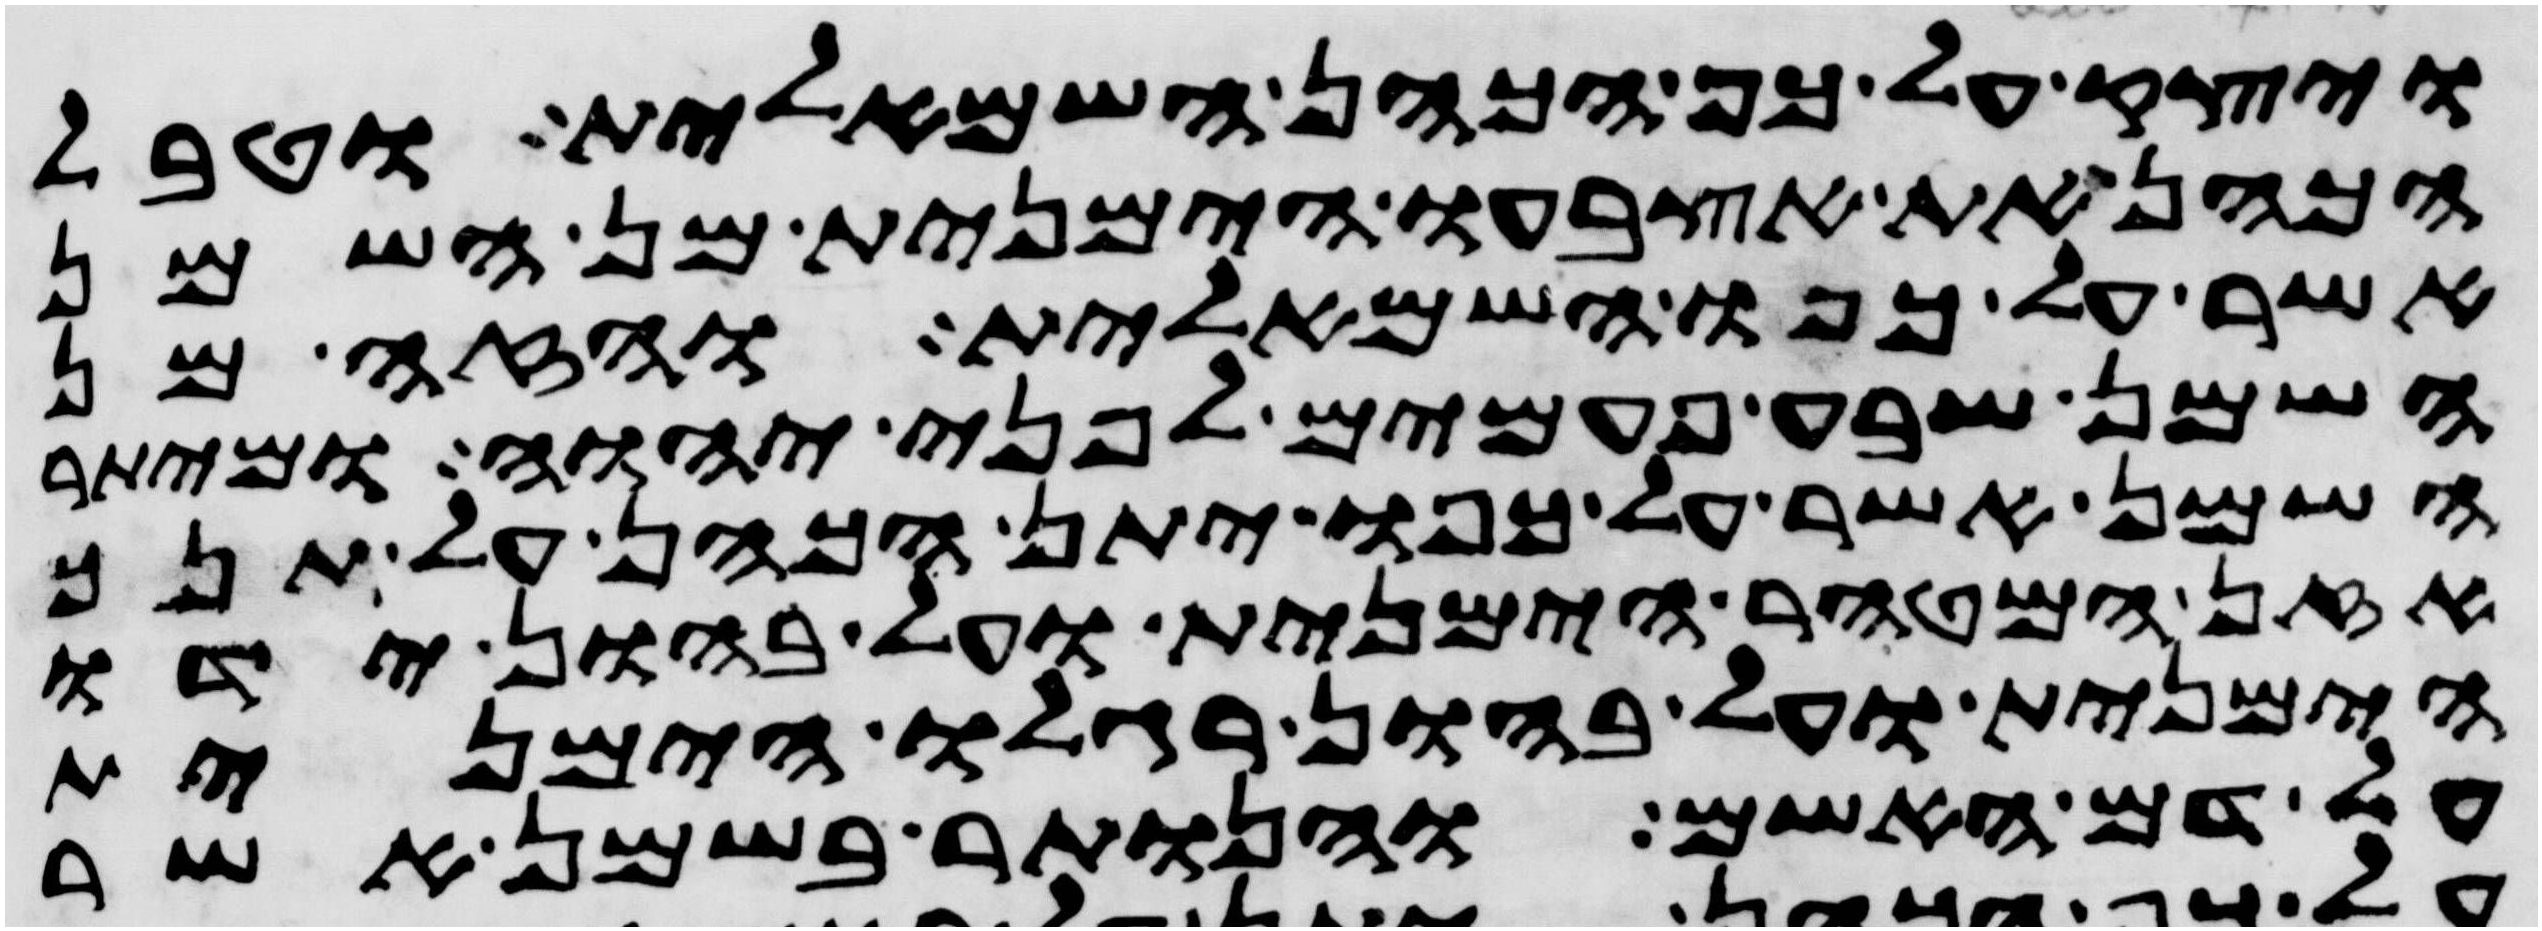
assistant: ויצק על כף הכהן השמאלית וטבל
הכהן את אצבעו הימנית מן השמן
אשר על כפו השמאלית והזה מן
השמן שבע פעמים לפני יהוה ומיתר
השמן אשר על כפו יתן הכהן על תנך
אזן המטהר הימנית ועל בהון ידו
הימנית ועל בהון רגלו הימנית
על דם האשם והנותר בשמן אשר